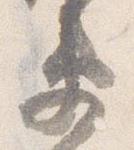
衛